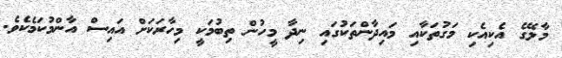
މާލޭގެ އެކިއެކި މަގުތަކާއި މައިދާންތަކުގައި ނިދާ މީހުން ތިބުމަކީ މިހާރަކަށް އައިސް އާންމުކަމެކެވެ.